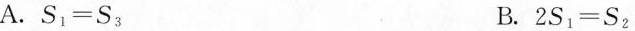
A.$$S _ { 1 } = S _ { 3 }$$ B.$$2 S _